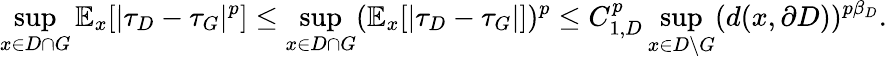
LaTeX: \operatorname*{sup}_{x\in{D\cap G}}\mathbb{E}_{x}[|\tau_{D}-\tau_{G}|^{p}]\le\operatorname*{sup}_{x\in{D\cap G}}(\mathbb{E}_{x}[|\tau_{D}-\tau_{G}|])^{p}\le C_{1,D}^{p}\operatorname*{sup}_{x\in D\setminus{G}}(d(x,\partial D))^{p\beta_{D}}.